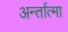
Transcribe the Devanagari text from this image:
अर्न्तात्मा